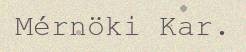
Mérnöki Kar.